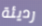
رديئة